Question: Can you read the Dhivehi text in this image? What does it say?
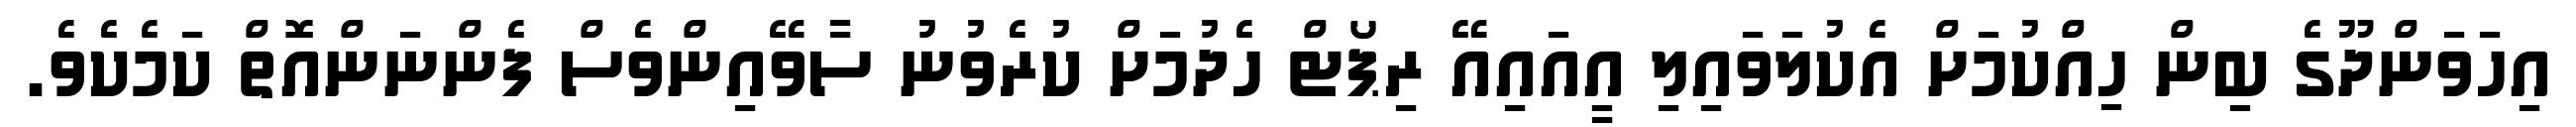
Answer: އިހަވަންދޫގެ ބިން ހިއްކުމަށް އެކުލަވައިލި އީއައިއޭ ރިޕޯޓް ހެދުމަށް ކުރެވުނު ސާވޭއިންވެސް ފެންނަންއޮތް ކަމެކެވެ.